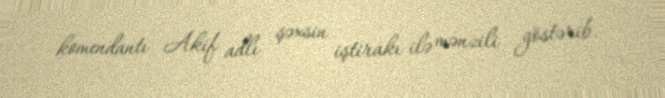
komendantı Akif adlı şəxsin iştirakı ilə mənzili göstərib.